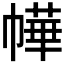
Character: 𭘲